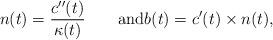
LaTeX: \begin{align*}n(t)={c''(t)\over \kappa(t)}\qquad\mbox{and}b(t)=c'(t)\times n(t),\end{align*}